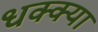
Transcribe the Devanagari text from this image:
धक्क्या